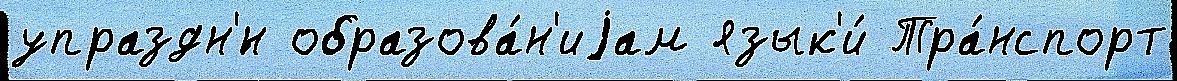
упраздн'́н образова́н'иjам язык'и́ Тра́нспорт